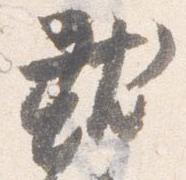
就